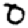
Digit: 0